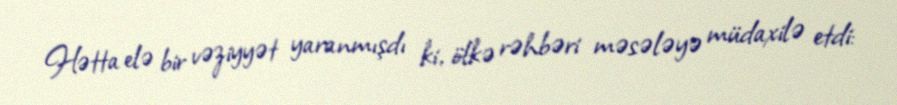
Hətta elə bir vəziyyət yaranmışdı ki, ölkə rəhbəri məsələyə müdaxilə etdi: